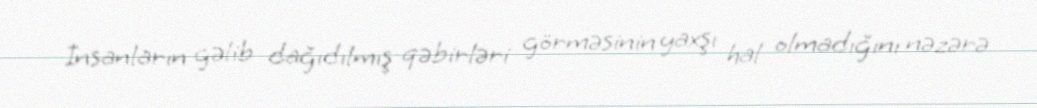
İnsanların gəlib dağıdılmış qəbirləri görməsinin yaxşı hal olmadığını nəzərə